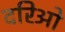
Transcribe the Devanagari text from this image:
दरिओ